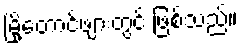
မြို့တောင်ဖျားတွင် ဖြစ်သည်။